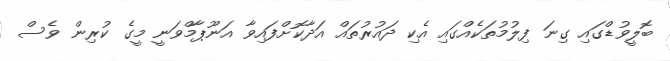
ބޮލީވުޑްގައި ގިނަ ފިލުމުތަކެއްގައި އެކި ދައުރުތައް އަދާކޮށްފައިވާ އަނޫޕާމްވަނީ މީގެ ކުރިން ވެސް